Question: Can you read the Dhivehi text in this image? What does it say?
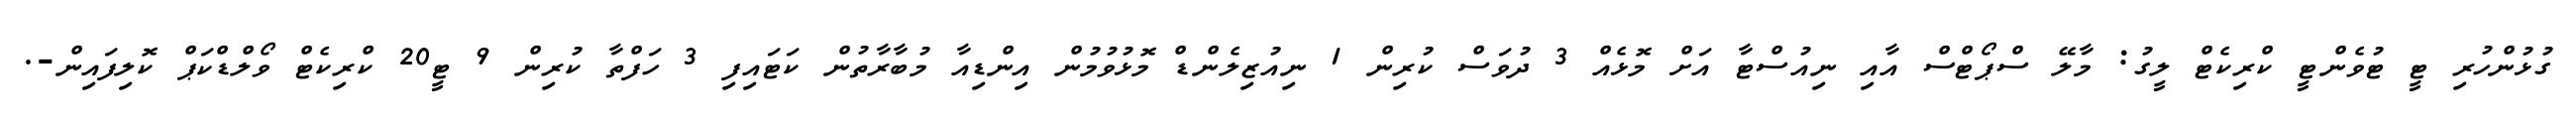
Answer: ގުޅުންހުރި ޓީ ޓުވެންޓީ ކްރިކެޓް ލީގު: މާލޭ ސްޕޯޓްސް އާއި ނިއުސްޓާ އަށް މޮޅެއް 3 ދުވަސް ކުރިން 1 ނިއުޒިލެންޑް މޮޅުވުމުން އިންޑިއާ މުބާރާތުން ކަޓައިފި 3 ހަފްތާ ކުރިން 9 ޓީ20 ކްރިކެޓް ވޯލްޑްކަޕް ކޮލިފައިން-.